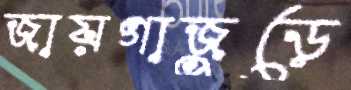
জায়গাজুড়ে